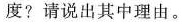
度？请说出其中理由。